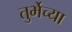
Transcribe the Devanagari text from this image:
तुर्भेच्या